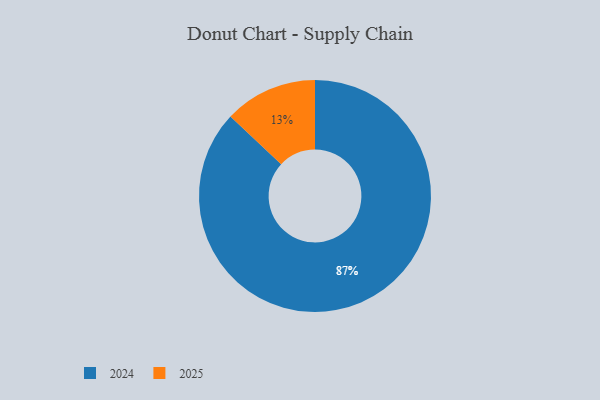
{"axis": {"x": "Category", "y": "Percentage"}, "legend": ["2024", "2025"], "data": [{"x": "2024", "y": 87, "type": "2024"}, {"x": "2025", "y": 13, "type": "2025"}]}